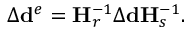
\begin{array} { r } { \Delta \mathbf { d } ^ { e } = \mathbf { H } _ { r } ^ { - 1 } \Delta \mathbf { d } \mathbf { H } _ { s } ^ { - 1 } . } \end{array}